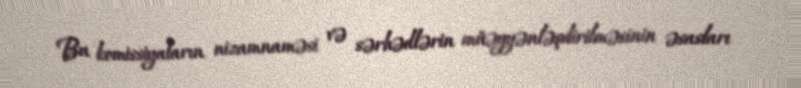
Bu komissiyaların nizamnaməsi və sərhədlərin müəyyənləşdirilməsinin əsasları